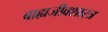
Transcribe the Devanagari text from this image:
बाह्यजीवशास्त्र